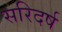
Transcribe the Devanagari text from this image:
सरिदर्ष